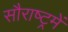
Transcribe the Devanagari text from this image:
सौराष्‍ट्रमें